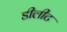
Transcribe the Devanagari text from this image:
डीलीट